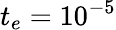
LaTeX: t_{e}=10^{-5}